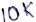
Text: 10K